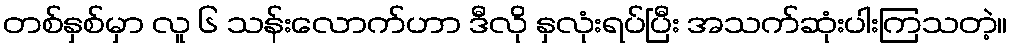
တစ်နှစ်မှာ လူ ၆ သန်းလောက်ဟာ ဒီလို နှလုံးရပ်ပြီး အသက်ဆုံးပါးကြသတဲ့။